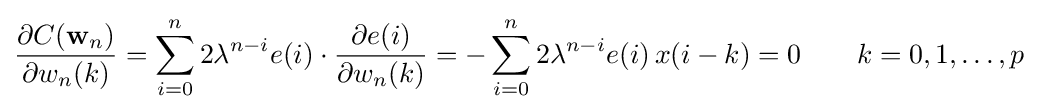
{\frac {\partial C(\mathbf {w} _{n})}{\partial w_{n}(k)}}=\sum _{i=0}^{n}2\lambda ^{n-i}e(i)\cdot {\frac {\partial e(i)}{\partial w_{n}(k)}}=-\sum _{i=0}^{n}2\lambda ^{n-i}e(i)\,x(i-k)=0\qquad k=0,1,\ldots ,p